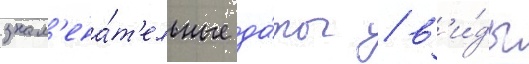
знам'ена́т'ельные да́ты / в'и́ды